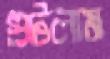
গুটলাম